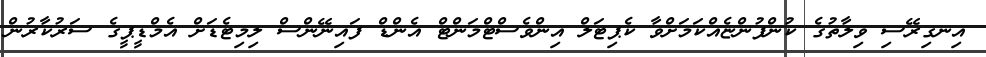
އިނގިރޭސި ވިލާތުގެ ކުންފުންޏެއްކަމަށްވާ ކެޕިޓަލް އިންވެސްޓްމަންޓް އެންޑް ފައިނޭންސް ލިމިޓެޑަށް އެމްޑީޕީގެ ސަރުކާރުން